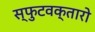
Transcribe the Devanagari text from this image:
स्फुटवक्तारो